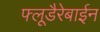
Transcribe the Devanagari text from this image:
फ्लूडैरेबाईन